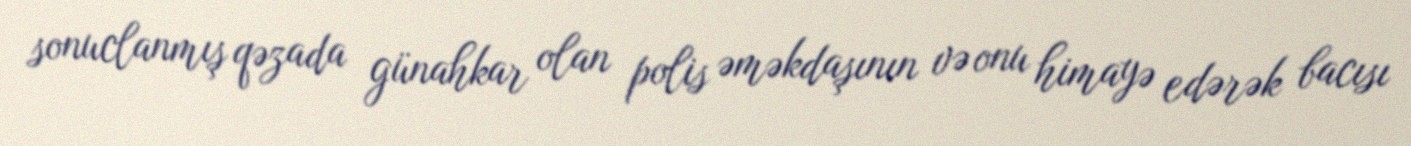
sonuclanmış qəzada günahkar olan polis əməkdaşının və onu himayə edərək bacısı